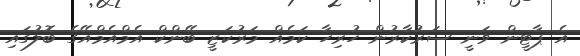
އެ ޕާޓީން ވަނީ ސަރުކާރުން ހުރިހާ ކަމެއް މަރުކަޒީ ބޭންކް އެމްއެމްއޭގެ ބޮލުގައި